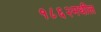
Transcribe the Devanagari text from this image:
१८६२मधील